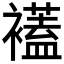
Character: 𧞔